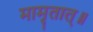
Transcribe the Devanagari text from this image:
मामृतात्॥